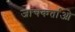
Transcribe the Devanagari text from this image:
जांचकर्ताओ